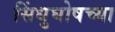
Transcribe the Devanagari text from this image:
सिंधुघोषच्या